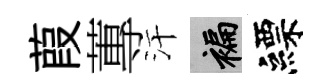
葭蓴汗褊縹